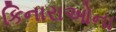
કિનારાઓના